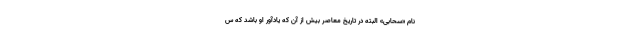
نام «سحابی» البته در تاریخ معاصر بیش از آن که یادآور او باشد که س